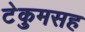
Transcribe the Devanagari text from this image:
टेकुमसह